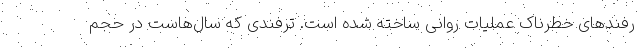
رفندهای خطرناک عملیات روانی ساخته شده است. ترفندی که سال‌هاست در حجم